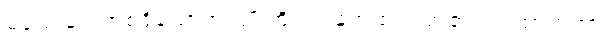
မသေခြင်းအစရှိသောအကျိုးကို။ လဘေထ၊ ရရာ၏။ တထာတထာ၊